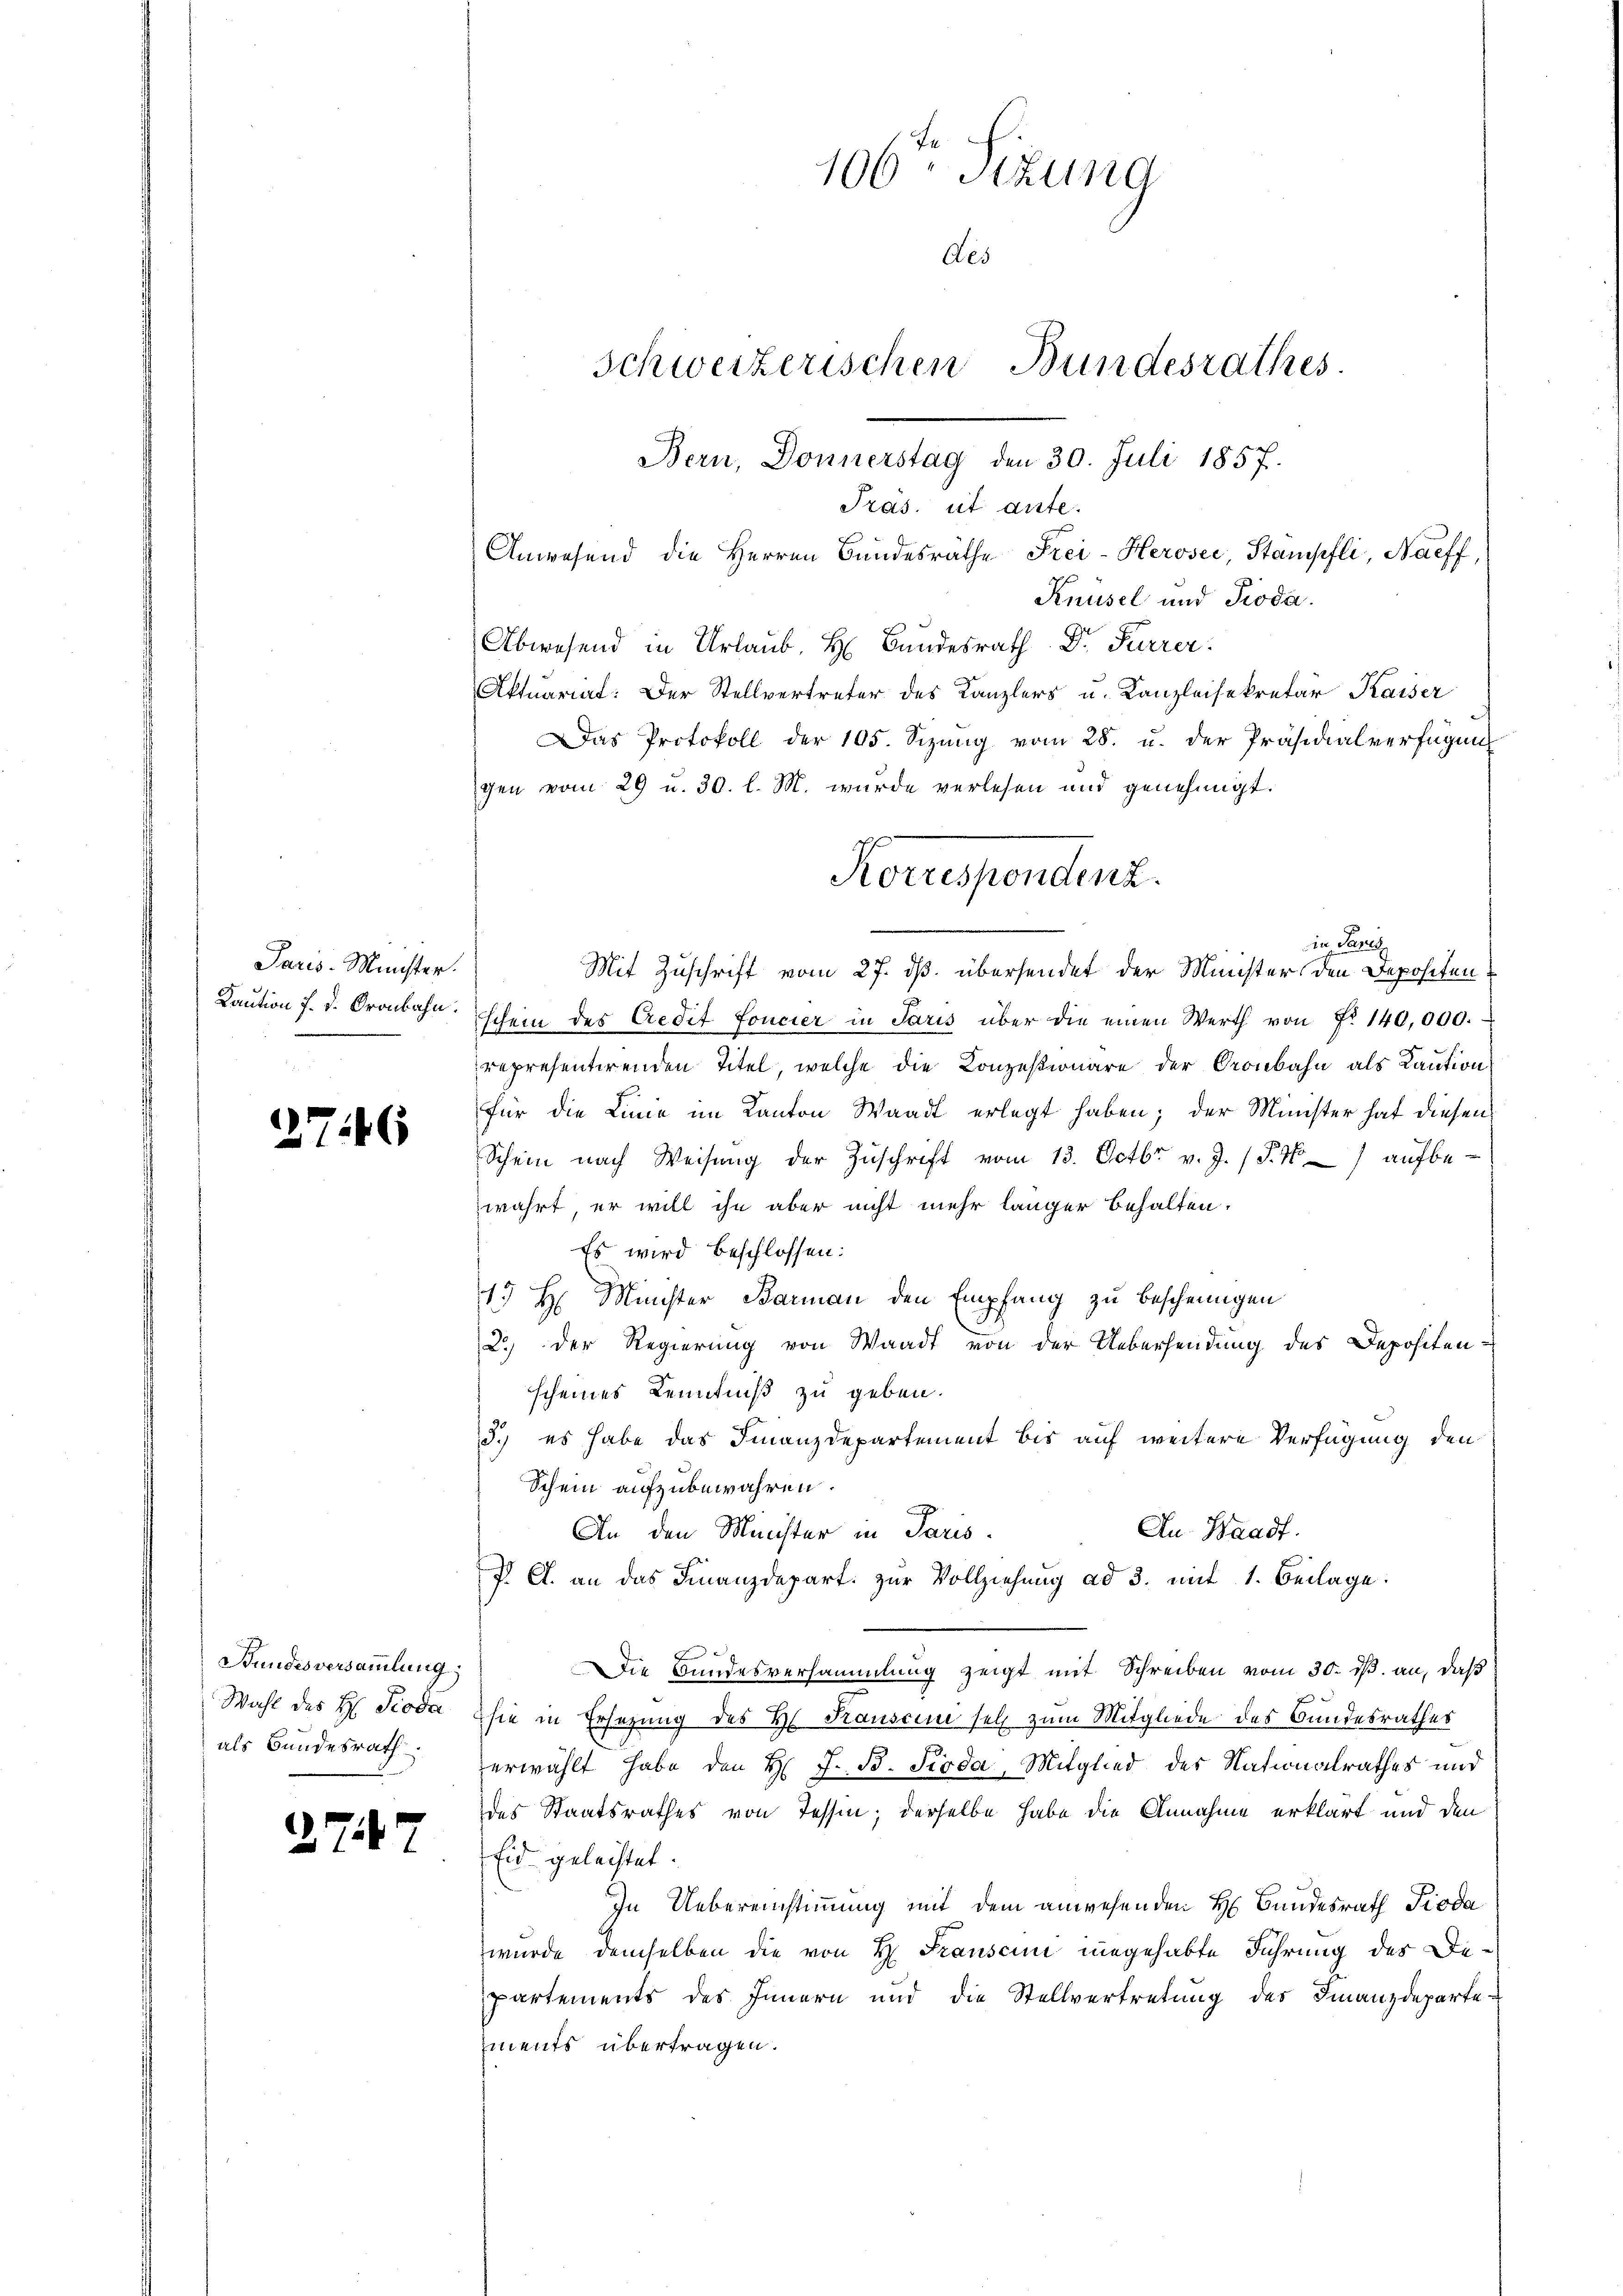
Paris-Münster.
Kaution f. d. Kronbahn.

27

26

Bundesversammlung,
Wahl des H. Pioda
als Bundesrath.

2747

106 Stzung
Aes
Schweizerischen Bundesrathes
Bern, Donnerstag den 30. Juli 1857.
Pras. et ante.

Anwesend die Herren Bundesräthe Frei-Heroser, Stampfli, Naeff
Knüsel und Pioda.
Abwesend in Urlaub. H. Bundesrath Dr. Furrer.
Aktuariat: Der Stellvertreter des Kanzlers u. Kanzleisekretär Kaiser
Das Protokoll der 105. Sizŭng vom 28. u. der Präsidialverfügung
gen vom 29 u. 30. l. M. wurde verlesen und genehmigt.
in Sanit
Mit Zuschrift vom 27. ds. übersendet der Minister den Depositen
schein des Credit foncier in Paris über die einen Werth von No 140,000.
representirenden Titel, welche die Konzesionäre der Gronbahn als Kaution
für die Linie im Kanton Waadt erlegt haben; der Minister hat diesen
Schein nach Weisŭng der Zŭschrift vom 13. Octbr. v. J. (T. 4) aufbe-
wahrt, er will ihn aber nicht mehr länger behalten.
Es wird beschlossen:
13 H. Minister Barman den Empfang zu bescheinigen
2.) Der Regierung von Waadt von der Uebersendung des Depositen-
scheines Kenntniß zu geben.
3.) es habe das Finanzdepartement bis auf weitere Verfügung den
Schein aufzubewahren.
An Waadt.
An den Minister in Paris.
J. C. an das Finanzdepart. zŭr Vollziehung ad 3. mit 1. Beilage:
A
Die Bundesversammlung zeigt mit Schreiben vom 30. ds. an, daß
sie in Ersezung des H. Tauscum sell zum Mitgliede des Bundesrathes
erwählt habe den H. J. B. Pioda, Mitglied des Nationalrathes und
des Staatsrathes von Tessin; derselbe habe die Annahme erklärt und den
Eid geleistet.
In Uebereinstimmung mit dem anwesenden H. Bundesrath Pioda
wurde demselben die von H. Franscum ungehabte Führung des Departements des Innern und die Stellvertretung des Finanzdepartements übertragen.

Korrespendenz.